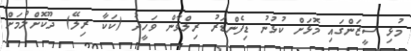
މުޅި ސީޒަންގައި މޮޅަށް ކުޅުނު ޑިފެންޑަރު ރިލްވާން ވަހީދު (ކަކާ ރިލޭ) ދޫކޮށްލުމަށް